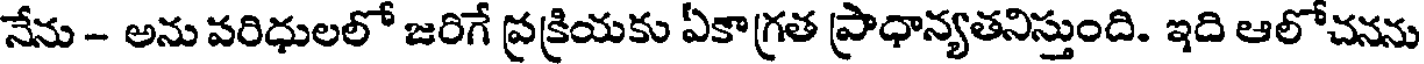
నేను - అను వరిధులలో జరిగే ప్రక్రియకు ఏకాగ్రత ప్రాధాన్యతనిస్తుంది. ఇది ఆలోచనను